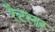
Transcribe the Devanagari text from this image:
रैटलर